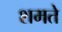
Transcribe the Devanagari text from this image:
शमते